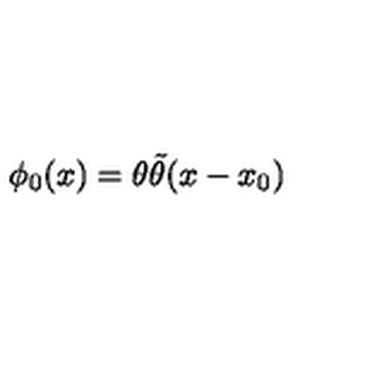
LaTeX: \phi _ { 0 } ( x ) = \theta \tilde { \theta } ( x - x _ { 0 } )